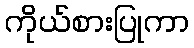
ကိုယ်စားပြုကာ